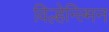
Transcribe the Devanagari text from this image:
विल्हेन्ल्मिन